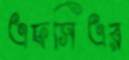
এফসিএর